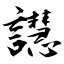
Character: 譿